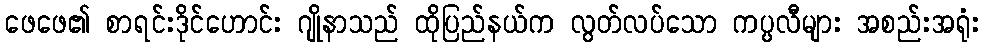
ဖေဖေ၏ စာရင်းဒိုင်ဟောင်း ဂျိုနာသည် ထိုပြည်နယ်က လွတ်လပ်သော ကပ္ပလီများ အစည်းအရုံး